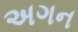
અગન